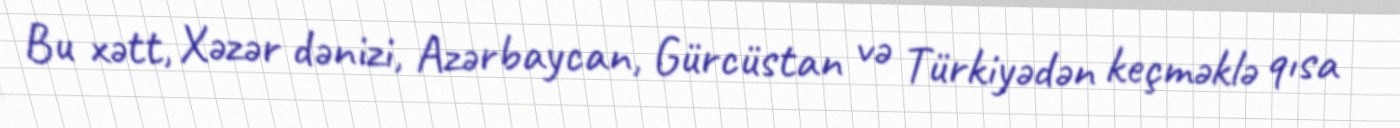
Bu xətt, Xəzər dənizi, Azərbaycan, Gürcüstan və Türkiyədən keçməklə qısa